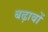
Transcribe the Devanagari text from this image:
बढ़ावों